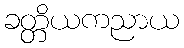
ခတ္တိယကညာယ